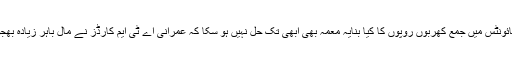
زرداری کے سرے محل،وکی لیکس اور سوئس اکائونٹس میں جمع کھربوں روپوں کا کیا بنایہ معمہ بھی ابھی تک حل نہیں ہو سکا کہ عمرانی اے ٹی ایم کارڈز نے مال باہر زیادہ بھجوا رکھا ہے یا باریاں لگانے والے سیاستدانوں نے؟